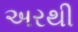
અરથી